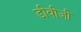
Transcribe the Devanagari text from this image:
डीवीजी